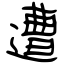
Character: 遭